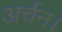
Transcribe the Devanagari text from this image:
अर्चन।